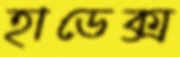
হাডেক্স